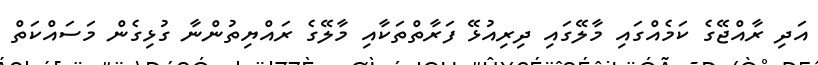
އަދި ރާއްޖޭގެ ކަމެއްގައި މާލޭގައި ދިރިއުޅޭ ފަރާތްތަކާއި މާލޭގެ ރައްޔިތުންނާ ގުޅިގެން މަސައްކަތް